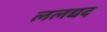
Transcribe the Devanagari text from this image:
ललद्यद